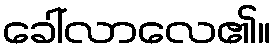
ခေါ်လာလေ၏။